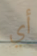
أي